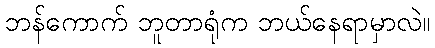
ဘန်ကောက် ဘူတာရုံက ဘယ်နေရာမှာလဲ။